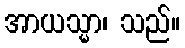
အာယသ္မာ၊ သည်။